Rangoon Lunatic Asylum 1878-1892 - 1878-1892
Year: 1878
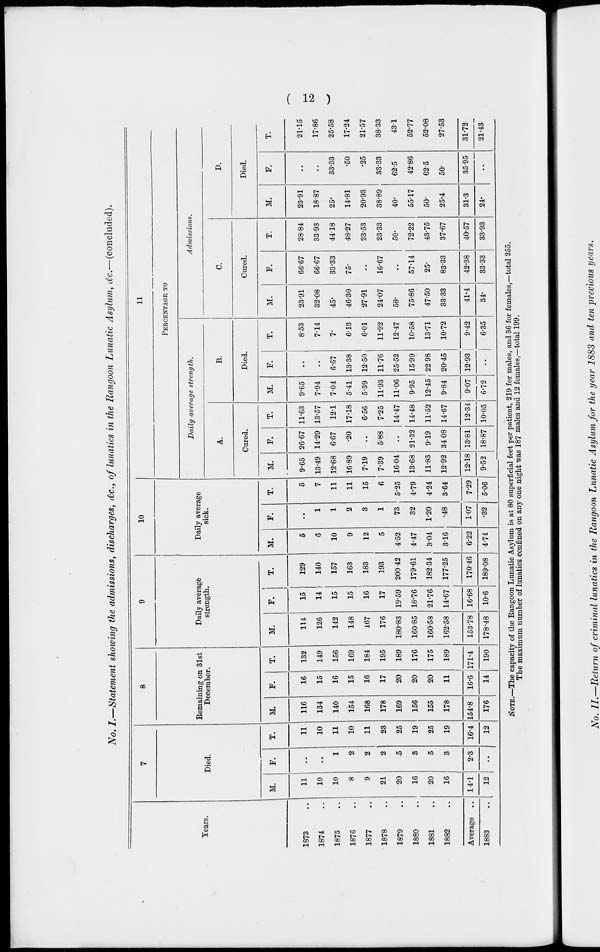
( 12 )
No. I.—Statement showing the admissions, discharges, &c., of lunatics in the Rangoon Lunatic Asylum, &c.—(concluded).
Years.
1873 ..
1874 ..
1875 ..
1876 ..
1877 ..
1878 ..
1879 ..
1880 ..
1881 ..
1882 ..
Average ..
1883 ..
7
Died.
M.
11
10
10
8
9
21
20
16
20
16
14.1
12
F.
..
..
1
2
2
2
5
3
5
3
2.3
..
T.
11
10
11
10
11
23
25
19
25
19
16.4
12
8
Remaining on 31st
December.
M.
116
134
140
154
168
178
169
156
155
178
154.8
176
F.
16
15
16
15
16
17
20
20
20
11
16.6
14
T.
132
149
156
169
184
195
189
176
175
189
171.4
190
9
Daily average
strength.
M.
114
126
142
148
167
176
180.83
160.85
160.58
162.58
153.78
178.48
F.
15
14
15
15
16
17
19.59
18.76
21.76
14.67
16.68
10.6
T.
129
140
157
163
183
193
200.42
179.61
182.34
177.25
170.46
189.08
10
Daily average
sick.
M.
5
6
10
9
12
5
4.52
4.47
3.04
3.16
6.22
4.74
F.
..
1
1
2
3
1
73
32
1.20
.48
1.07
.32
T.
5
7
11
11
15
6
5.25
4.79
4.24
3.64
7.29
5.06
11
PERCENTAGE TO
Daily average strength.
A.
Cured.
M.
9.65
13.49
12.68
16.89
7.19
7.39
16.04
13.68
11.83
12.92
12.18
9.52
F.
26.67
14.29
6.67
.20
..
5.88
..
21.32
9.19
34.08
13.81
18.87
T.
11.63
13.57
12.1
17.18
6.56
7.25
14.47
14.48
11.52
14.67
12.34
10.05
B.
Died.
M.
9.65
7.94
7.04
5.41
5.39
11.93
11.06
9.95
12.45
9.84
9.07
6.72
F.
..
..
6.67
13.38
12.50
11.76
25.52
15.99
22.98
20.45
12.93
..
T.
8.53
7.14
7.
6.13
6.01
11.92
12.47
10.58
13.71
10.72
9.42
6.35
Admissions.
C.
Cured.
M.
23.91
32.08
45.
46.30
27.91
24.07
58.
75.86
47.50
33.33
41.4
34.
F.
66.67
66.67
33.33
75.
..
16.67
..
57.14
25.
83.33
42.38
33.33
T.
28.84
33.93
44.18
48.27
23.53
23.33
50.
72.22
43.75
37.67
40.57
33.93
D.
Died.
M.
23.91
18.87
25.
14.81
20.93
38.89
40.
55.17
50.
25.4
31.3
24.
F.
..
..
33.33
.50
.25
33.33
62.5
42.86
62.5
50.
35.95
..
T.
21.15
17.86
25.58
17.24
21.57
38.33
43.1
52.77
52.08
27.53
31.72
21.43
NOTE.—The capacity of the Rangoon Lunatic Asylum is at 80 superficial feet per patient, 219 for males, and 36 for females,—total 255.
The maximum number of lunatics confined on any one night was 187 males and 12 females,—total 199.